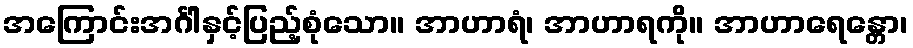
အကြောင်းအင်္ဂါနှင့်ပြည့်စုံသော။ အာဟာရံ၊ အာဟာရကို။ အာဟာရေန္တော၊